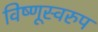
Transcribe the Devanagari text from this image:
विष्णूस्वरुप